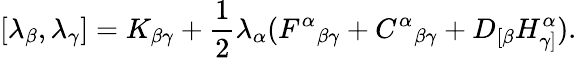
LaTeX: [\lambda_{\beta},\lambda_{\gamma}]=K_{\beta\gamma}+\frac 12\lambda_{\alpha}(F^{\alpha}{}_{\beta\gamma}+C^{\alpha}{}_{\beta\gamma}+D_{[\beta}H_{\gamma]}^{\alpha}).